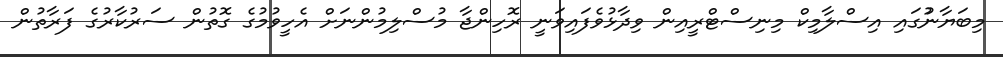
މިބަޔާނުުގައި އިސްލާމިކް މިނިސްޓްރީއިން ވިދާޅުވެފައިވަނީ ރޮހިންޖާ މުސްލިމުންނަށް އެހީވުމުގެ ގޮތުން ސަރުކާރުގެ ފަރާތުން